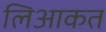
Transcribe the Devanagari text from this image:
लिआकत